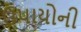
ઉપાયોની